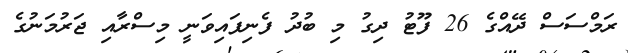
ރަމްސަސް ދޭއްގެ 26 ފޫޓު ދިގު މި ބުދު ފެނިފައިވަނީ މިސްރާއި ޖަރުމަނުގެ